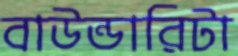
বাউন্ডারিটা